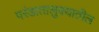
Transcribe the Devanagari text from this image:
परंडातालुक्यातील